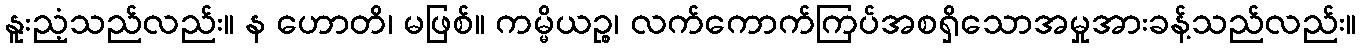
နူးညံ့သည်လည်း။ န ဟောတိ၊ မဖြစ်။ ကမ္မိယဉ္စ၊ လက်ကောက်ကြပ်အစရှိသောအမှုအားခန့်သည်လည်း။